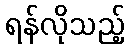
ရန်လိုသည့်